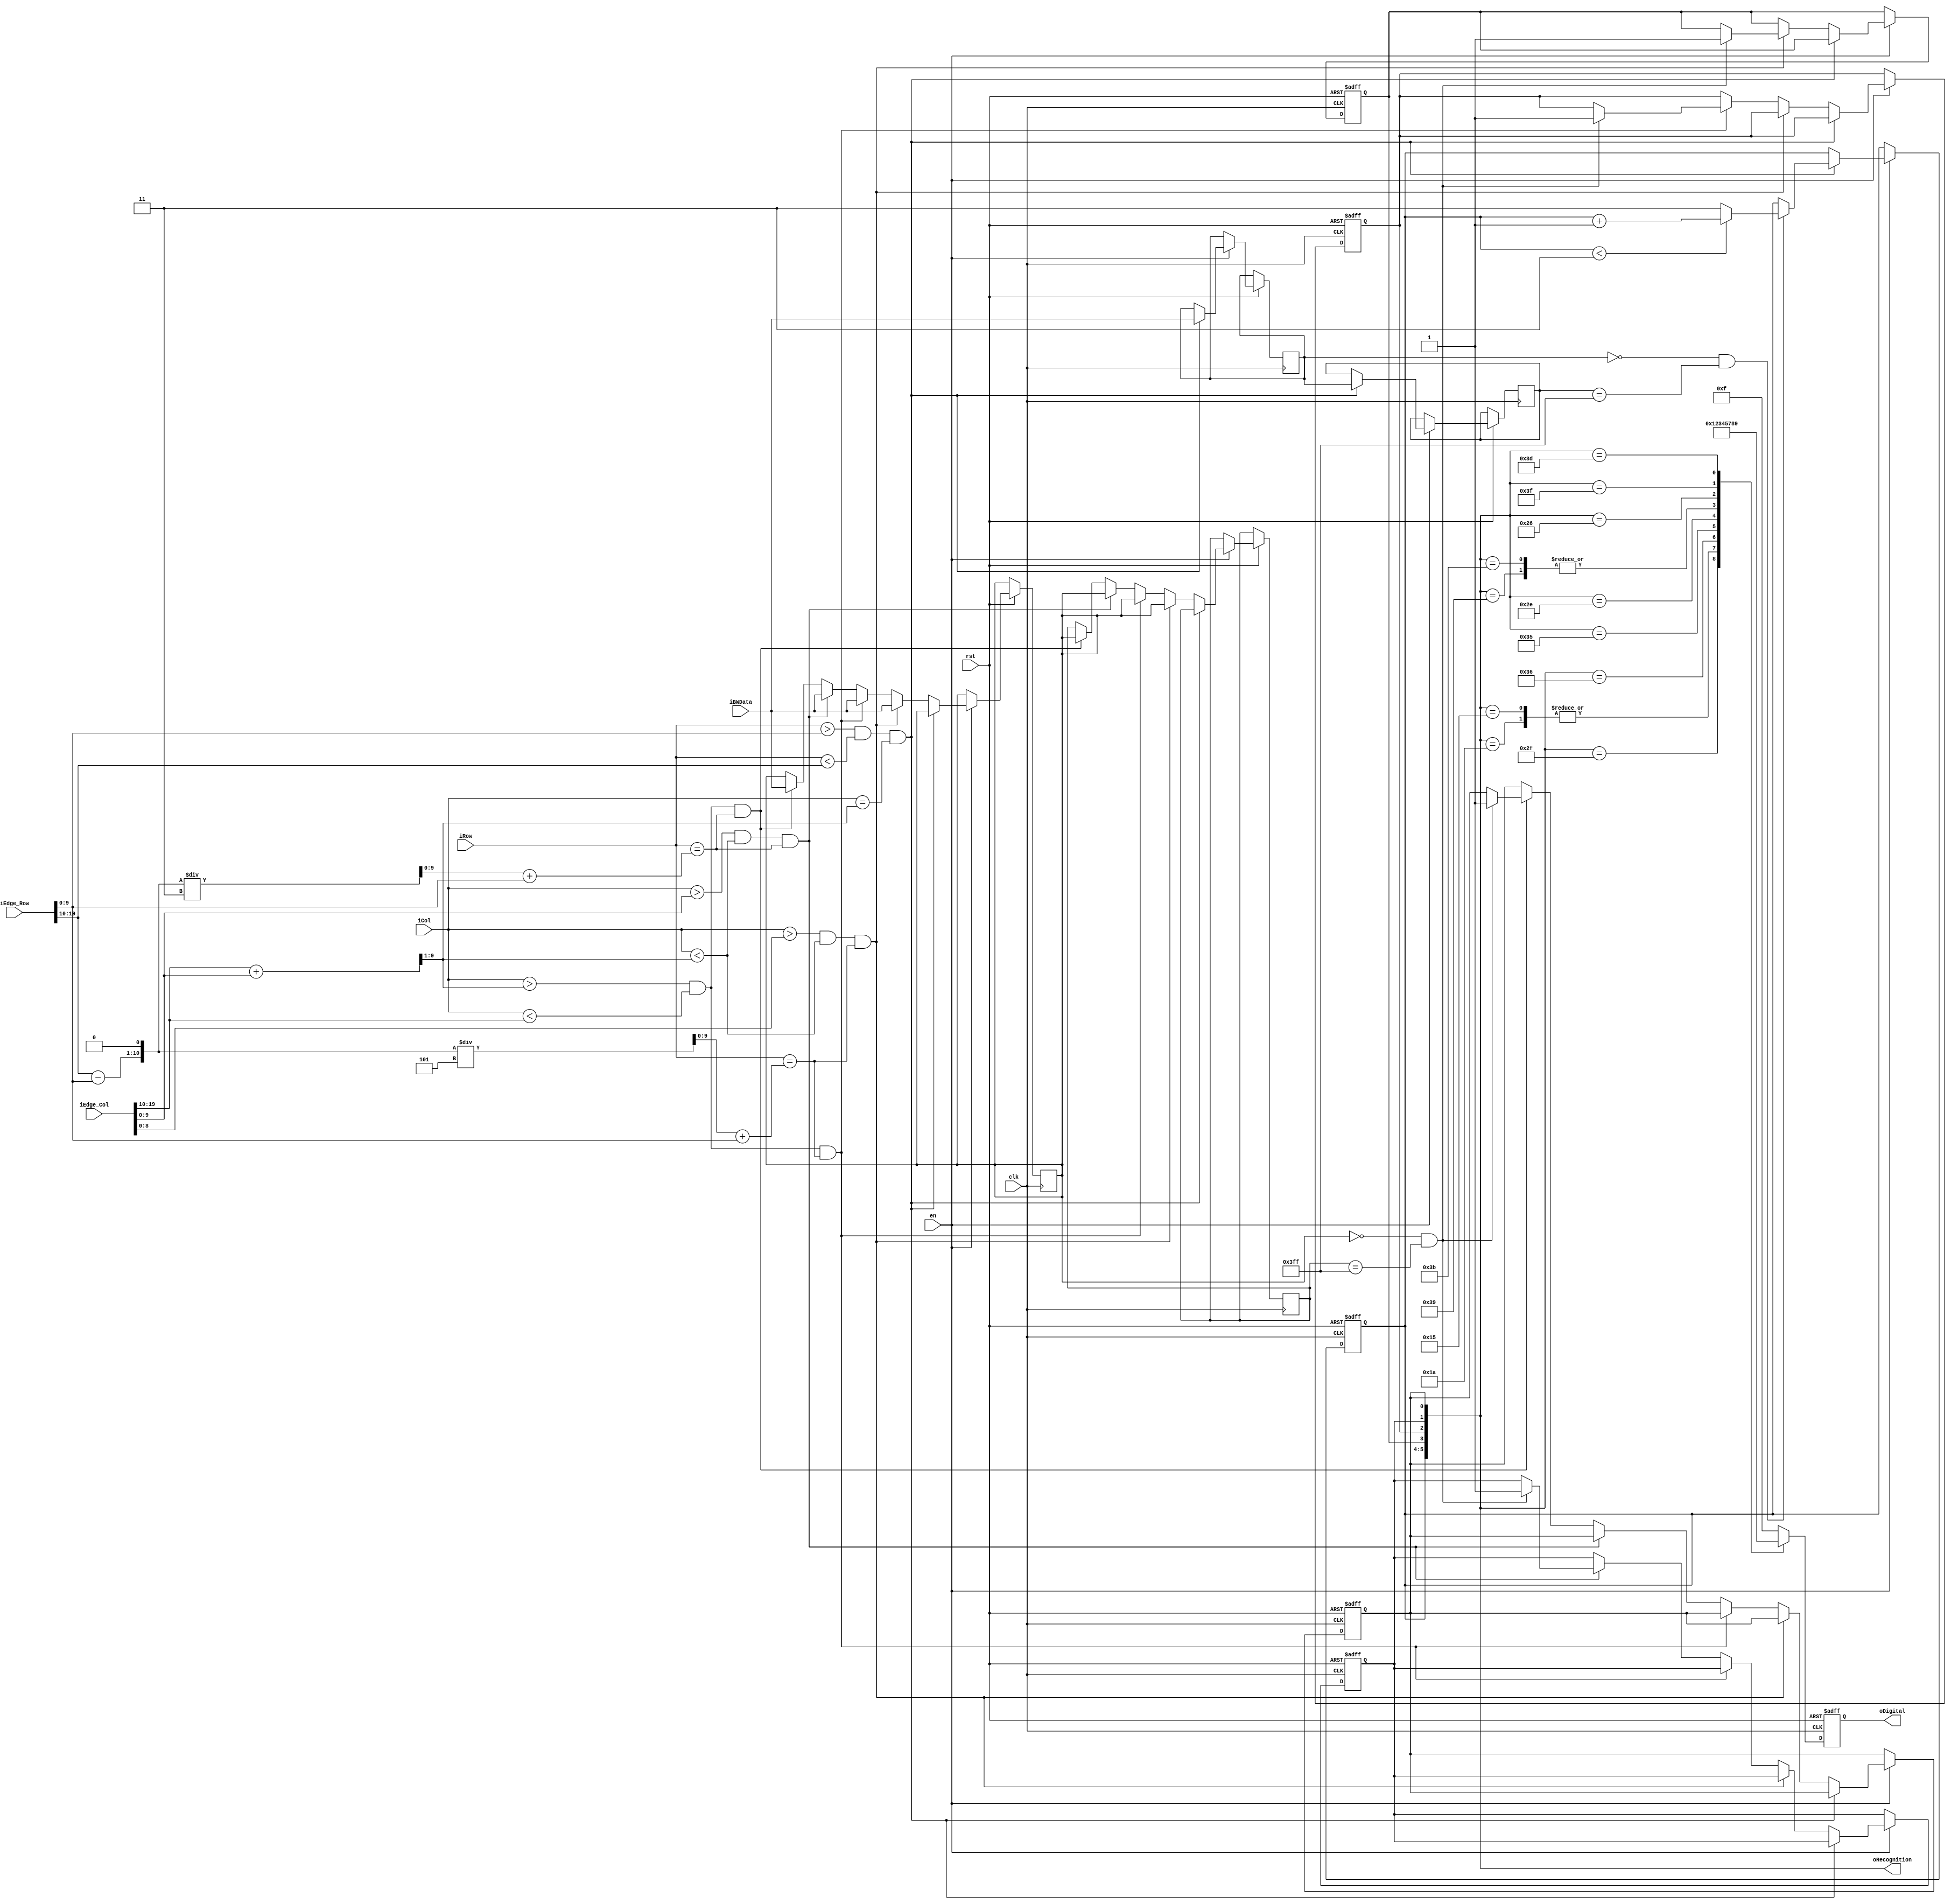
/*
author: xkw
time: 2018.6.5
*/
module digital_recognition(
	clk,
	rst,
	en,
	iEdge_Row,
	iEdge_Col,
	iRow,
	iCol,
	iBWData,
	oDigital,
	oRecognition
);

input clk, rst, en;
input [19:0] iEdge_Row, iEdge_Col;  //
input [9:0] iRow, iCol;             //
input [9:0] iBWData;                //

output [3:0] oDigital;				//
output [5:0] oRecognition;			//
wire [5:0] oRecognition;
reg [3:0] oDigital;

wire [9:0]y;						//
wire [9:0]x1;						//
wire [9:0]x2;						//

assign y = (iEdge_Col[19:10] + iEdge_Col[9:0]) >> 1;
assign x1 = ({(iEdge_Row[19:10] - iEdge_Row[9:0]), 1'b0} / 5) + iEdge_Row[9:0];
assign x2 = ({(iEdge_Row[19:10] - iEdge_Row[9:0]), 1'b0} / 3) + iEdge_Row[9:0];

reg x1_l, x1_r, x2_l, x2_r;			//x1x2
reg [1:0] y1;
reg [9:0] row1, row2, col1, col2;

always @(posedge clk, negedge rst)
begin
	if(!rst) 
	begin
		x1_l <= 1'b0;
		x1_r <= 1'b0;
		x2_l <= 1'b0;
		x2_r <= 1'b0;
		y1 <= 2'b0;
	end
	else if(en)
	begin
		//y
		if ((iRow > iEdge_Row[9:0]) && (iRow < iEdge_Row[19:10]) && (iCol == y))
		begin
			col1 <= iBWData;
			col2 <= col1;
			if((col1 == 10'b0) && (col2 == 10'b11_1111_1111))//
			begin
				y1 = y1 < 2'd3 ? y1 + 1'd1 : 2'd3;
			end
		end
		//yx1
		else if ((iCol > iEdge_Col[8:0]) && (iCol < y) && (iRow == x1))
		begin
			row1 <= iBWData;
			row2 <= row1;
			if((row1 == 10'b0) && (row2 == 10'b11_1111_1111))//
			begin
				x1_l = 1'b1;
			end
		end
		//yx1
		else if ((iCol > y) && (iCol < iEdge_Col[19:10]) && (iRow == x1))		
		begin
			row1 <= iBWData;
			row2 <= row1;
			if((row1 == 10'b0) && (row2 == 10'b11_1111_1111))//
			begin
				x1_r = 1'b1;
			end
		end
		//yx2
		else if ((iCol > iEdge_Col[9:0]) && (iCol < y) && (iRow == x2))
		begin
			row1 <= iBWData;
			row2 <= row1;
			if((row1 == 10'b0) && (row2 == 10'b11_1111_1111))//
			begin
				x2_l = 1'b1;
			end
		end
		//yx2
		else if ((iCol > y) && (iCol < iEdge_Col[19:10]) && (iRow == x2))		
		begin
			row1 <= iBWData;
			row2 <= row1;
			if((row1 == 10'b0) && (row2 == 10'b11_1111_1111))//
			begin
				x2_r = 1'b1;
			end
		end
	end
end

assign oRecognition = {y1, x1_l, x1_r, x2_l, x2_r};

always @(posedge clk, negedge rst)
begin
	if(!rst) 
	begin
		oDigital = 4'b1111;//
	end
	else
	begin
		case({y1, x1_l, x1_r, x2_l, x2_r})
		6'b10_1111 : oDigital = 4'd0;
		6'b01_1010 : oDigital = 4'd1;//
		6'b01_0101 : oDigital = 4'd1;//
		6'b11_0110 : oDigital = 4'd2;
		6'b11_0101 : oDigital = 4'd3;
		6'b10_1110 : oDigital = 4'd4;
		6'b11_1001 : oDigital = 4'd5;
		6'b11_1011 : oDigital = 4'd5;//
		6'b11_1011 : oDigital = 4'd6;
		6'b10_0110 : oDigital = 4'd7;
		6'b11_1111 : oDigital = 4'd8;
		6'b11_1101 : oDigital = 4'd9;
		default : oDigital = 4'b1111;
		endcase
	end
end
endmodule